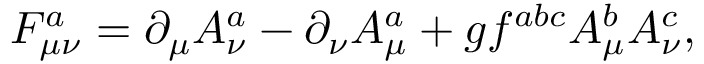
F _ { \mu \nu } ^ { a } = \partial _ { \mu } A _ { \nu } ^ { a } - \partial _ { \nu } A _ { \mu } ^ { a } + g f ^ { a b c } A _ { \mu } ^ { b } A _ { \nu } ^ { c } ,